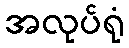
အလုပ်ရုံ